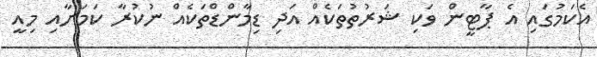
އެކަމުގައި އެ ޕާޓީން ވަކި ޝަރުތުތަކެއް އަދި ޑިމާންޑްތަކެއް ނުކުރާ ކަމަށާއި މިއީ